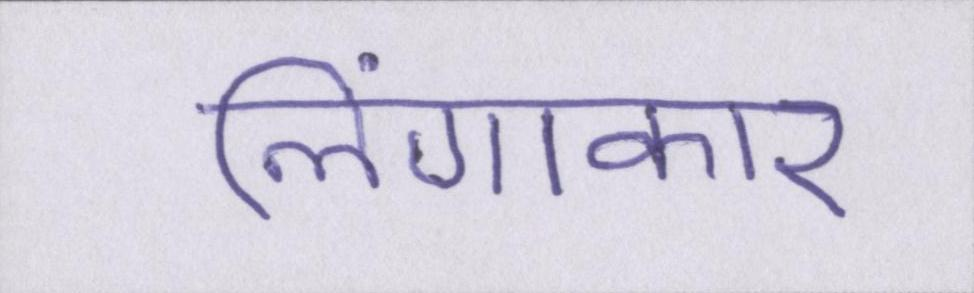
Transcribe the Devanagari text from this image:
लिंगाकार